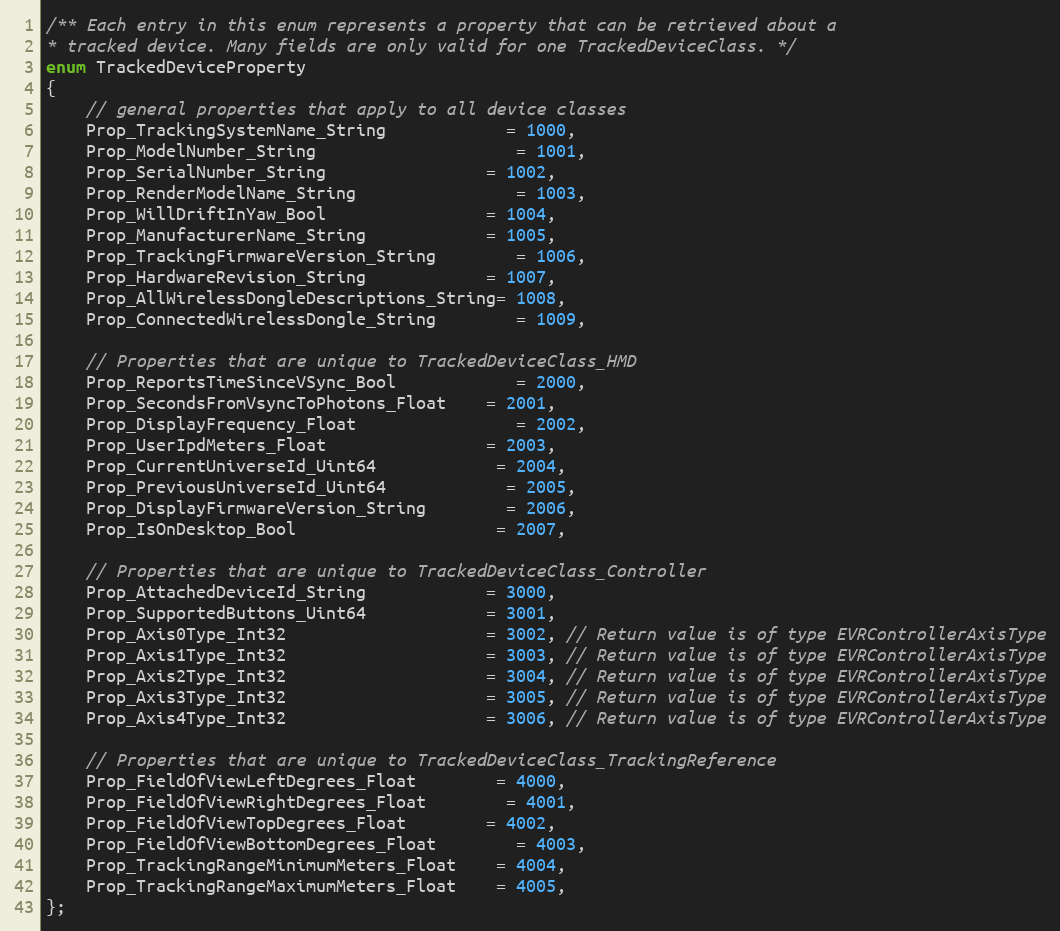
Language: C
/** Each entry in this enum represents a property that can be retrieved about a
* tracked device. Many fields are only valid for one TrackedDeviceClass. */
enum TrackedDeviceProperty
{
	// general properties that apply to all device classes
	Prop_TrackingSystemName_String			= 1000,
	Prop_ModelNumber_String					= 1001,
	Prop_SerialNumber_String				= 1002,
	Prop_RenderModelName_String				= 1003,
	Prop_WillDriftInYaw_Bool				= 1004,
	Prop_ManufacturerName_String			= 1005,
	Prop_TrackingFirmwareVersion_String		= 1006,
	Prop_HardwareRevision_String			= 1007,
	Prop_AllWirelessDongleDescriptions_String= 1008,
	Prop_ConnectedWirelessDongle_String		= 1009,

	// Properties that are unique to TrackedDeviceClass_HMD
	Prop_ReportsTimeSinceVSync_Bool			= 2000,
	Prop_SecondsFromVsyncToPhotons_Float	= 2001,
	Prop_DisplayFrequency_Float				= 2002,
	Prop_UserIpdMeters_Float				= 2003,
	Prop_CurrentUniverseId_Uint64			= 2004,
	Prop_PreviousUniverseId_Uint64			= 2005,
	Prop_DisplayFirmwareVersion_String		= 2006,
	Prop_IsOnDesktop_Bool					= 2007,

	// Properties that are unique to TrackedDeviceClass_Controller
	Prop_AttachedDeviceId_String			= 3000,
	Prop_SupportedButtons_Uint64			= 3001,
	Prop_Axis0Type_Int32					= 3002, // Return value is of type EVRControllerAxisType
	Prop_Axis1Type_Int32					= 3003, // Return value is of type EVRControllerAxisType
	Prop_Axis2Type_Int32					= 3004, // Return value is of type EVRControllerAxisType
	Prop_Axis3Type_Int32					= 3005, // Return value is of type EVRControllerAxisType
	Prop_Axis4Type_Int32					= 3006, // Return value is of type EVRControllerAxisType

	// Properties that are unique to TrackedDeviceClass_TrackingReference
	Prop_FieldOfViewLeftDegrees_Float		= 4000,
	Prop_FieldOfViewRightDegrees_Float		= 4001,
	Prop_FieldOfViewTopDegrees_Float		= 4002,
	Prop_FieldOfViewBottomDegrees_Float		= 4003,
	Prop_TrackingRangeMinimumMeters_Float	= 4004,
	Prop_TrackingRangeMaximumMeters_Float	= 4005,
};